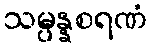
သမ္ပန္နစရဏံ